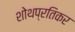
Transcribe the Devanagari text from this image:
शोथप्रतिकर